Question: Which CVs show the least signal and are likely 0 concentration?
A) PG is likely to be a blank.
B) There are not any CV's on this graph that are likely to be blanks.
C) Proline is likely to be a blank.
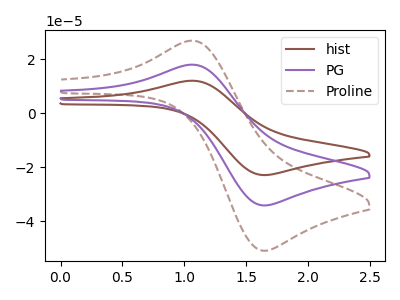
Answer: <think>The brown curve "hist" has an anodic peak at (1.10V, 12.05uA) and a cathodic peak at (1.65V, -22.85uA). The purple curve "PG" has an anodic peak at (1.10V, 18.00uA) and a cathodic peak at (1.65V, -34.10uA). The brown dashed curve "Proline" has an anodic peak at (1.10V, 36.05uA) and a cathodic peak at (1.65V, -68.25uA).</think>
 <answer>B) There are not any CV's on this graph that are likely to be blanks.</answer>
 <eval>B</eval>